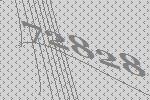
72828